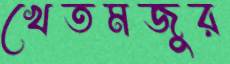
খেতমজুর